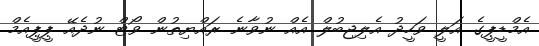
އެމްޑީޕީގެ އަލީ ވަހީދު އެލިޖިބުލް އެއް ނުވާނެ ރައްޔިތުން ވޯޓް ނުދެއޭ ޕީޕީއެމް